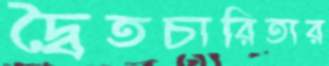
দ্বৈতচারিতার